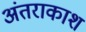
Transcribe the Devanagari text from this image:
अंतराकाश